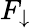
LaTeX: F_{\downarrow}